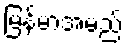
မြန်မာအမည်